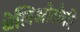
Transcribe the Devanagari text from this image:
थेलिओटोकी